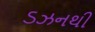
ડઝનથી